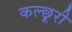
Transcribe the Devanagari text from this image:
कल्छूरी